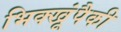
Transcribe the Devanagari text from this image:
भिक्खूंपैकी